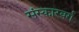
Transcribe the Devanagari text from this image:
संस्कारवर्ग